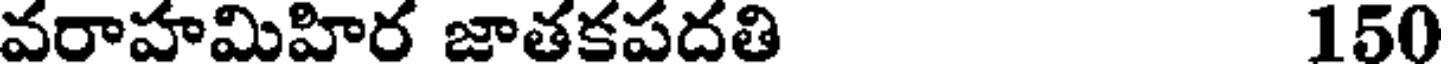
వరాహమిహిర జాతకపదతి 150